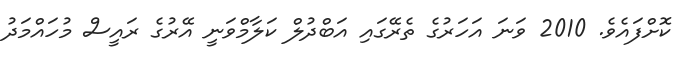
ކޮށްފައެވެ. 2010 ވަނަ އަހަރުގެ ތެރޭގައި އަބްދުލް ކަލާމްވަނީ އޭރުގެ ރައީސް މުހައްމަދު